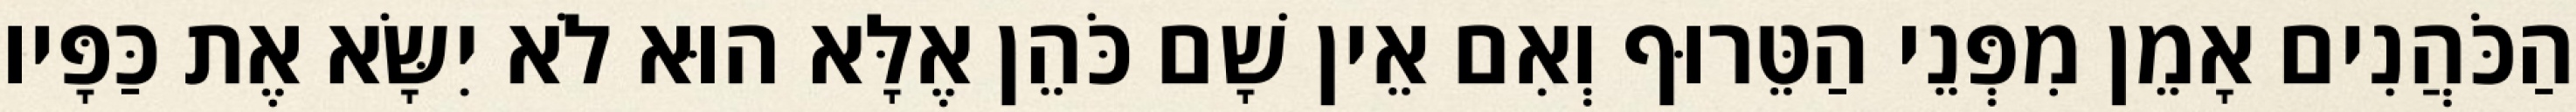
הַכֹּהֲנִים אָמֵן מִפְּנֵי הַטֵּרוּף וְאִם אֵין שָׁם כֹּהֵן אֶלָּא הוּא לֹא יִשָּׂא אֶת כַּפָּיו